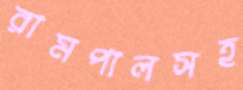
রামপালসহ